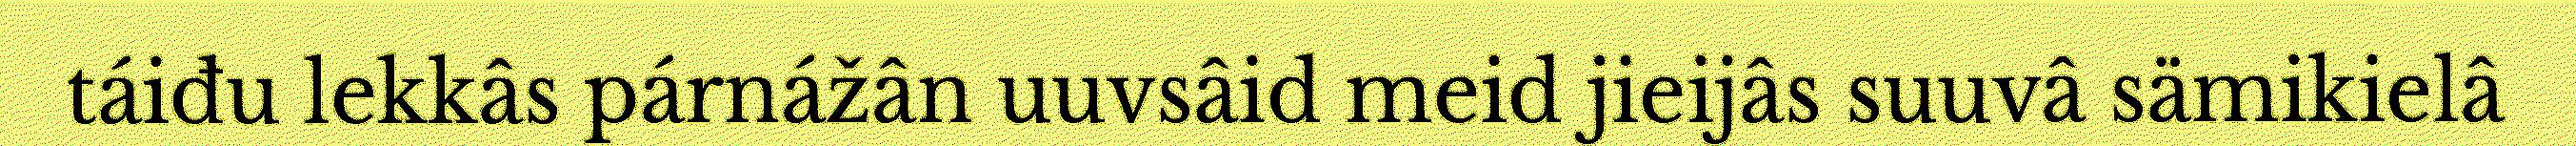
táiđu lekkâs párnážân uuvsâid meid jieijâs suuvâ sämikielâ